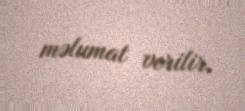
məlumat verilir.